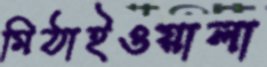
মিঠাইওয়ালা